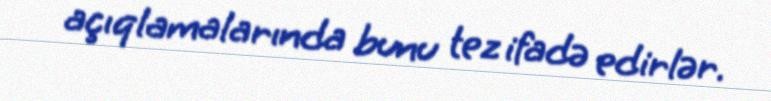
açıqlamalarında bunu tez ifadə edirlər.